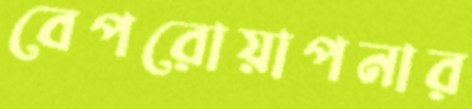
বেপরোয়াপনার